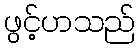
ဖွင့်ဟသည်